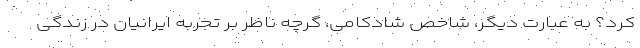
کرد؟ به عبارت دیگر، شاخص شادکامی، گرچه ناظر بر تجربه ایرانیان در زندگی